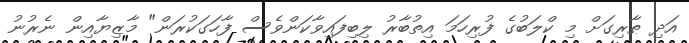
އަދި ޠާރިގަށް މި ކްލަބުގެ ފުރިހަމަ އިތުބާރު ލިބިފައިވާކަންވެސް ފާހަގަކުރަން" މާޒިޔާއިން ނެރުނު